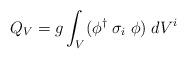
LaTeX: \begin{align*}Q_V = g \int_V (\phi^{\dagger}\;\sigma_i\;\phi)\;dV^i\end{align*}